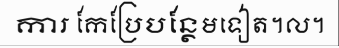
ការ កែប្រែបន្ថែមទៀត។ល។